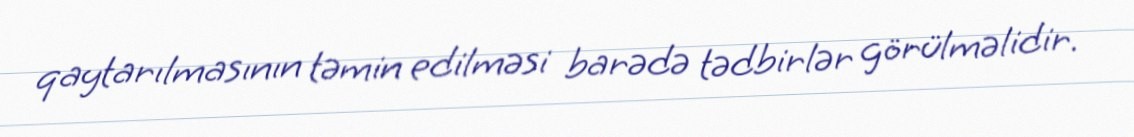
qaytarılmasının təmin edilməsi barədə tədbirlər görülməlidir.